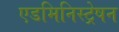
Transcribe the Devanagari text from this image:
एडमिनिस्ट्रेषन